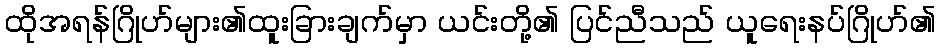
ထိုအရန်ဂြိုဟ်များ၏ထူးခြားချက်မှာ ယင်းတို့၏ ပြင်ညီသည် ယူရေးနပ်ဂြိုဟ်၏